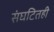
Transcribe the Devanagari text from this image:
संघटितही